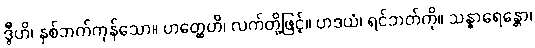
ဒွီဟိ၊ နှစ်ဘက်ကုန်သော။ ဟတ္ထေဟိ၊ လက်တို့ဖြင့်။ ဟဒယံ၊ ရင်ဘတ်ကို။ သန္ဓာရေန္တော၊